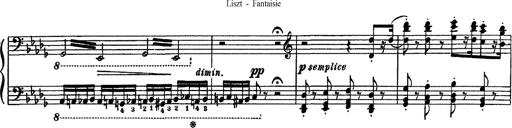
Title: Fantaisie sur des motifs favoris de l'opÃ©ra 'La sonnambula'
Composer: Franz Liszt